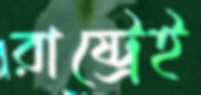
রাষ্ট্রেই